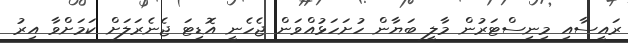
ރައީސާއި މިނިސްޓަރުން މާލީ ބަޔާން ހުށަހަޅުއްވަން ޖެހެނީ އޮޑިޓަ ޖެނެރަލަށް ކަމަށްވާ އިރު